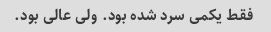
فقط یکمی سرد شده بود. ولی عالی بود.